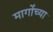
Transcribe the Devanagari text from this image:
मागोंच्या